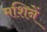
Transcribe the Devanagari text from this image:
मशिनें